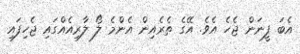
އެބަ ފީނަން ޖެހެ އެވެ. އޭގެ ތެރެއިން އެންމެ ލޯ ލާރިއެއްގައި ޖެހިފައި